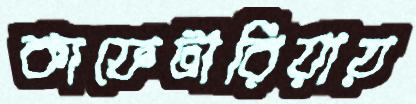
কাফেটারিয়ায়